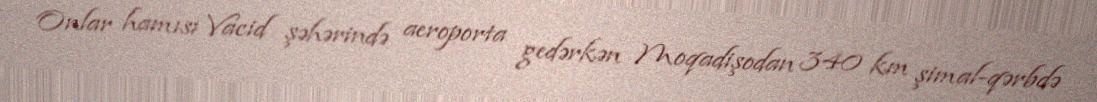
Onlar hamısı Vacid şəhərində aeroporta gedərkən Moqadişodan 340 km şimal-qərbdə